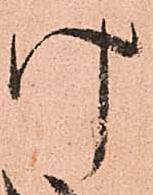
け